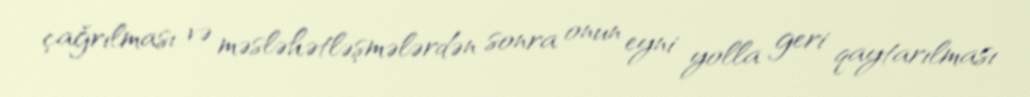
çağrılması və məsləhətləşmələrdən sonra onun eyni yolla geri qaytarılması